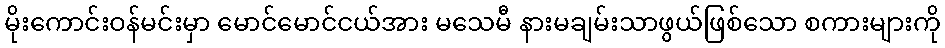
မိုးကောင်းဝန်မင်းမှာ မောင်မောင်ငယ်အား မသေမီ နားမချမ်းသာဖွယ်ဖြစ်သော စကားများကို